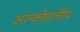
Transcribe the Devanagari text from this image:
अल्कोहलीय